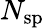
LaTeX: N_{\mathrm{sp}}